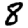
Digit: 8